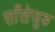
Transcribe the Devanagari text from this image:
साँखेजुङ